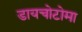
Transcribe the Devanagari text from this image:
डायचोटोमा